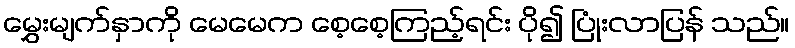
မွှေးမျက်နှာကို မေမေက စေ့စေ့ကြည့်ရင်း ပို၍ ပြုံးလာပြန် သည်။